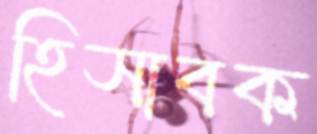
হিসাবক